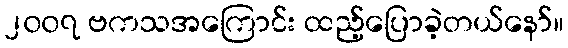
၂၀၀၇ ဗကသအကြောင်း ထည့်ပြောခဲ့တယ်နော်။